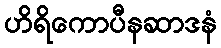
ဟိရိကောပီနဆာဒနံ